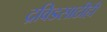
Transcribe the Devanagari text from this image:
द्रविडसाठीही